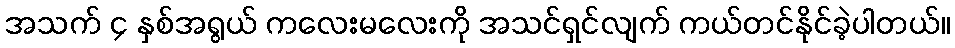
အသက် ၄ နှစ်အရွယ် ကလေးမလေးကို အသင်ရှင်လျက် ကယ်တင်နိုင်ခဲ့ပါတယ်။